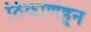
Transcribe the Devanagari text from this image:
ठिकाणहून